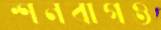
শনবাগও